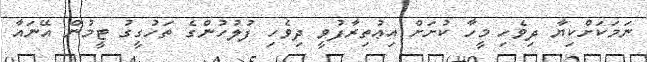
ނަމަކަށްކިޔާ ދިވެހި މީހާ ކުށަށް އިޢުތިރާފުވީ ދިވެހި ފުލުހުންގެ ތަހުގީގު ޓީމުން އޭނައާ